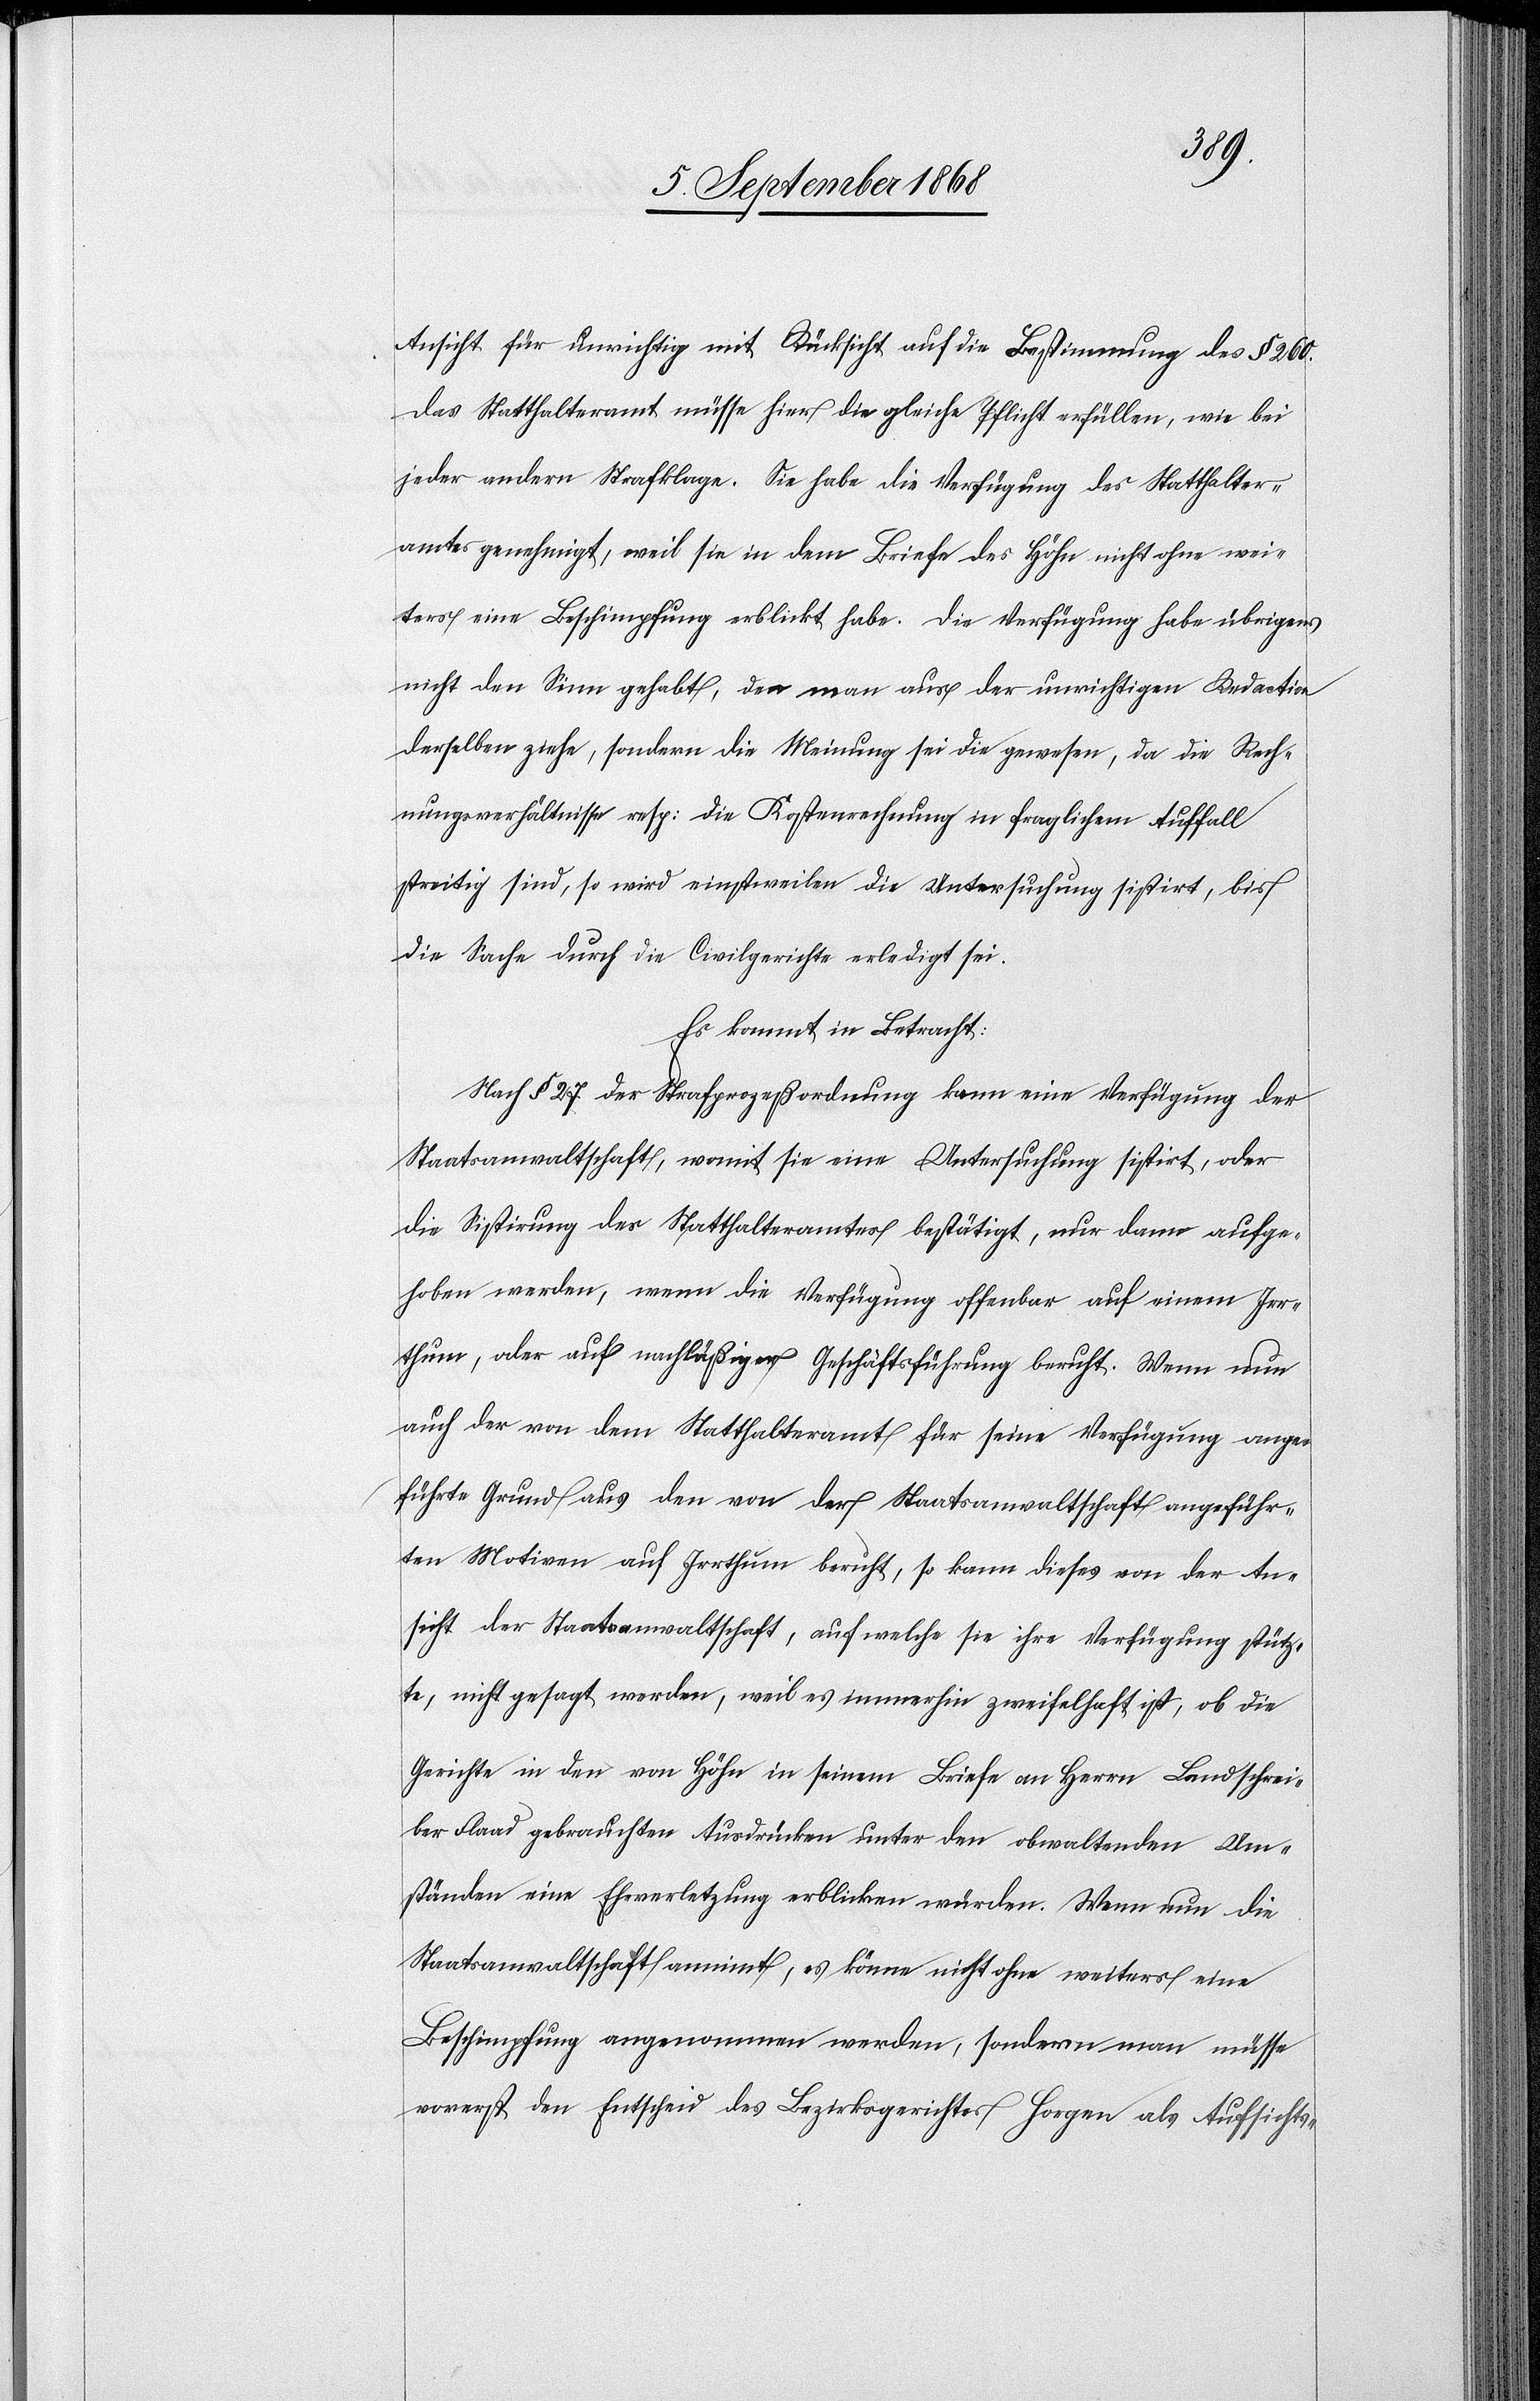
Ansicht für unrichtig mit Rücksicht auf die Bestimmung des § 260.
Das Statthalteramt müsse hier die gleiche Pflicht erfüllen, wie bei
jeder andern Strafklage. Sie habe die Verfügung des Statthalter¬
amtes genehmigt, weil sie in dem Briefe des Höhn nicht ohne wei¬
ters eine Beschimpfung erblickt habe. Die Verfügung habe übrigens
nicht den Sinn gehabt, den man aus der unrichtigen Redaction
derselben ziehe, sondern die Meinung sei die gewesen, da die Rech¬
nungsverhältnisse resp: die Kostenrechnung in fraglichem Auffall
streitig sind, so wird einstweilen die Untersuchung sistirt, bis
die Sache durch die Civilgerichte erledigt sei.
Es kommt in Betracht:
Nach § 27 der Strafprozeßordnung kann eine Verfügung der
Staatsanwaltschaft, womit sie eine Untersuchung sistirt, oder
die Sistirung des Statthalteramtes bestätigt, nur dann aufge¬
hoben werden, wenn die Verfügung offenbar auf einem Irr¬
thum, oder auf nachläßiger Geschäftsführung beruht. Wenn nun
auch der von dem Statthalteramt für seine Verfügung ange¬
führte Grund aus den von der Staatsanwaltschaft angeführ¬
ten Motiven auf Irrthum beruht, so kann dieses von der An¬
sicht der Staatsanwaltschaft, auf welche sie ihre Verfügung stütz¬
te, nicht gesagt werden, weil es immerhin zweifelhaft ist, ob die
Gerichte in den von Höhn in seinem Briefe an Herrn Landschrei¬
ber Flaad gebrauchten Ausdrücken unter den obwaltenden Um¬
ständen eine Ehrverletzung erblicken würden. Wenn nun die
Staatsanwaltschaft annim[m]t, es könne nicht ohne weiters eine
Beschimpfung angenommen werden, sondern man müsse
vorerst den Entscheid des Bezirksgerichtes Horgen als Aufsichts-